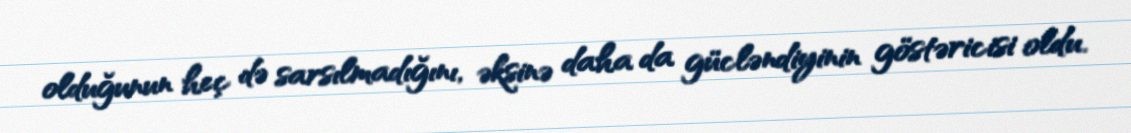
olduğunun heç də sarsılmadığını, əksinə daha da gücləndiyinin göstəricisi oldu.